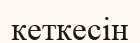
кеткесін